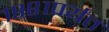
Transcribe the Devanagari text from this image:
१९८१पर्यंत